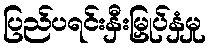
ပြည်ပရင်းနှီးမြှုပ်နှံမှု